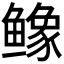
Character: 𬶲